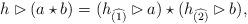
LaTeX: \begin{align*} h\rhd(a\star b)=(h_{\widehat{(1)}}\rhd a)\star(h_{\widehat{(2)}}\rhd b),\end{align*}